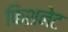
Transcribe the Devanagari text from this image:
फिशनेट